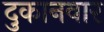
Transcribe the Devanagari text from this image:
दुकानवार